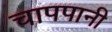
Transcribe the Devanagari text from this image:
चापपानी